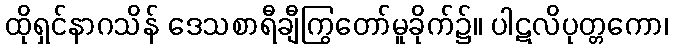
ထိုရှင်နာဂသိန် ဒေသစာရီချီကြွတော်မူခိုက်၌။ ပါဋလိပုတ္တကော၊